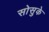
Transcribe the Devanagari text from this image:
सोसुके